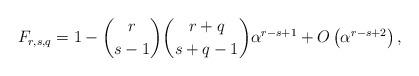
LaTeX: \begin{align*}F_{r,s,q}=1-\binom{r}{s-1}\binom{r+q}{s+q-1}\alpha^{r-s+1}+O\left(\alpha^{r-s+2}\right),\end{align*}